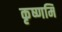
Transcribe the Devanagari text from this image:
कृष्णमि